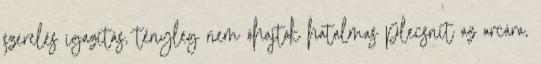
szerelés igazítás, tényleg nem óhajtok hatalmas plecsnit az arcára,